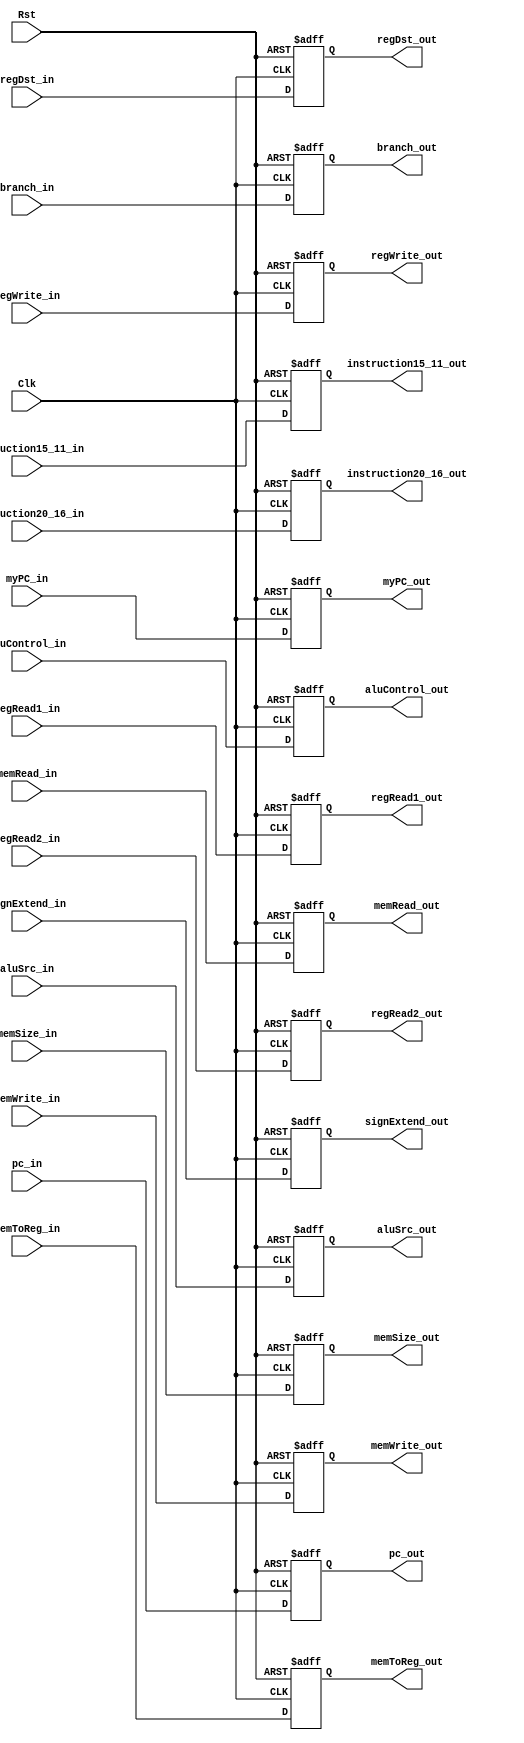
`timescale 1ns / 1ps

module ID_EX_Register(Clk, Rst,
                      regDst_in, regDst_out,
                      aluSrc_in, aluSrc_out,
                      aluControl_in, aluControl_out,
                      memSize_in, memSize_out,
                      memRead_in, memRead_out,
                      memWrite_in, memWrite_out,
                      branch_in, branch_out,
                      regWrite_in, regWrite_out,
                      memToReg_in, memToReg_out,
                      pc_in, pc_out,
                      regRead1_in, regRead1_out,
                      regRead2_in, regRead2_out,
                      signExtend_in, signExtend_out,
                      instruction20_16_in, instruction20_16_out,
                      instruction15_11_in, instruction15_11_out,
                      myPC_in, myPC_out);
    input Clk, Rst;
    input regDst_in; output reg regDst_out;
    input aluSrc_in; output reg aluSrc_out;
    input [3:0] aluControl_in; output reg [3:0] aluControl_out;
    input [1:0] memSize_in; output reg [1:0] memSize_out;
    input memRead_in; output reg memRead_out;
    input memWrite_in; output reg memWrite_out;
    input branch_in; output reg branch_out;
    input regWrite_in; output reg regWrite_out;
    input memToReg_in; output reg memToReg_out;
    input [31:0] pc_in; output reg [31:0] pc_out;
    input [31:0] regRead1_in; output reg [31:0] regRead1_out;
    input [31:0] regRead2_in; output reg [31:0] regRead2_out;
    input [31:0] signExtend_in; output reg [31:0] signExtend_out;
    input [4:0] instruction20_16_in; output reg [4:0] instruction20_16_out;
    input [4:0] instruction15_11_in; output reg [4:0] instruction15_11_out;
    input [31:0] myPC_in; output reg [31:0] myPC_out;

    always @(posedge Clk or posedge Rst) begin
        if (Rst) begin
            regDst_out <= 0;
            aluSrc_out <= 0;
            aluControl_out <= 0;
            memSize_out <= 0;
            memRead_out <= 0;
            memWrite_out <= 0;
            branch_out <= 0;
            regWrite_out <= 0;
            memToReg_out <= 0;
            pc_out <= 0; 
            regRead1_out <= 0;
            regRead2_out <= 0;
            signExtend_out <= 0;
            instruction20_16_out <= 0;
            instruction15_11_out <= 0;
            myPC_out <= 32'bx;
        end else begin
            regDst_out <= regDst_in;
            aluSrc_out <= aluSrc_in;
            aluControl_out <= aluControl_in;
            memSize_out <= memSize_in;
            memRead_out <= memRead_in;
            memWrite_out <= memWrite_in;
            branch_out <= branch_in;
            regWrite_out <= regWrite_in;
            memToReg_out <= memToReg_in;
            pc_out <= pc_in; 
            regRead1_out <= regRead1_in;
            regRead2_out <= regRead2_in;
            signExtend_out <= signExtend_in;
            instruction20_16_out <= instruction20_16_in;
            instruction15_11_out <= instruction15_11_in;
            myPC_out <= myPC_in;
        end
    end

endmodule